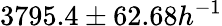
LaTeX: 3795.4\pm 62.68h^{-1}